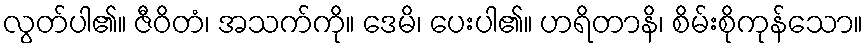
လွတ်ပါ၏။ ဇီဝိတံ၊ အသက်ကို။ ဒေမိ၊ ပေးပါ၏။ ဟရိတာနိ၊ စိမ်းစိုကုန်သော။